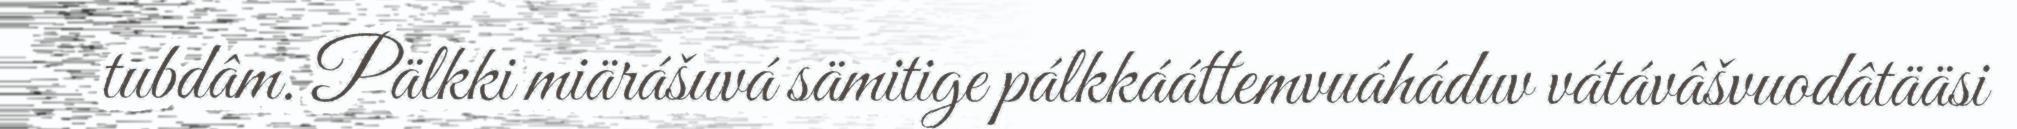
tubdâm. Pälkki miärášuvá sämitige pálkkááttemvuáháduv vátávâšvuodâtääsi